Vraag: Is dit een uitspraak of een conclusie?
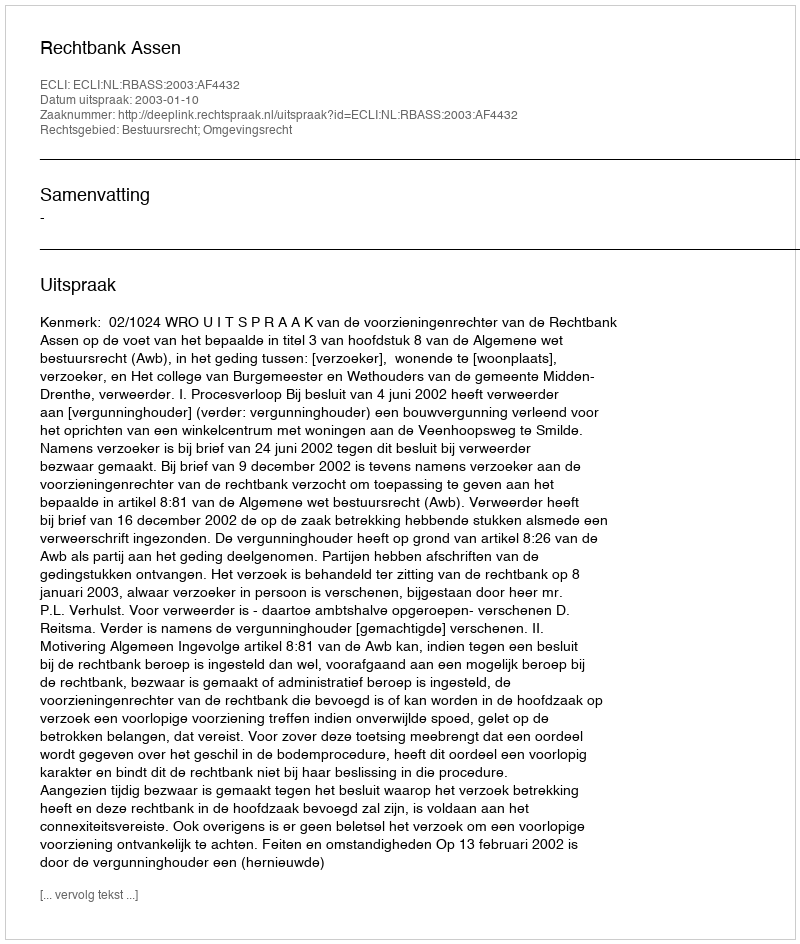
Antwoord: Uitspraak